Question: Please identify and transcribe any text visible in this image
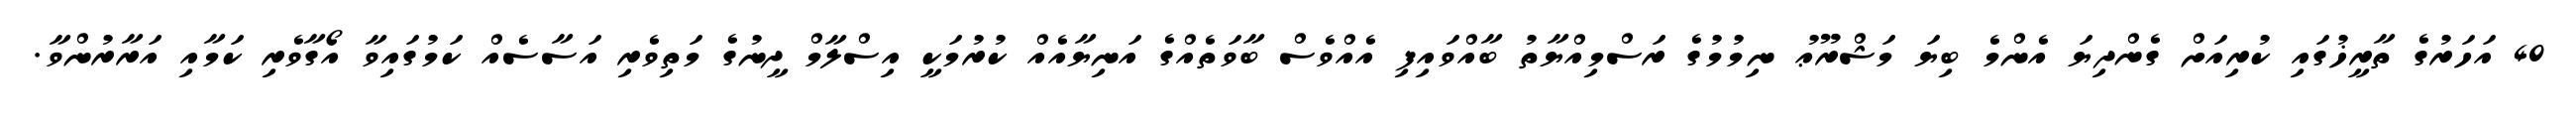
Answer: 40 އަހަރުގެ ތާރީޚުގައި ކުރިއަށް ގެންދިޔަ އެންމެ ބިޔަ މަޝްރޫޢު ނިމުމުގެ ރަސްމިއްޔާތު ބާއްވައިފި އެއްވެސް ބާވަތެއްގެ އަނިޔާއެއް ކުރުމަކީ އިސްލާމް ދީނުގެ މަތިވެރި އަސާސެއް ކަމުގައިވާ އޯގާވެރި ކަމާއި އަރާރުންވާ.